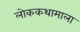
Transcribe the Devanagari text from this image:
लोककथामाला